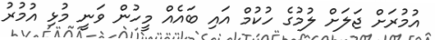
އުމުރަށް ޖަލަށް ލުމުގެ ހުކުމް އައި ބައެއް މީހުން ވަނީ މުޅި އުމުރު